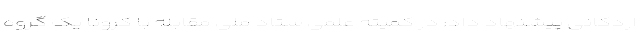
اردکانی پیشنهاد داد: در کمیته علمی ستاد ملی مقابله با کرونا یک گروه